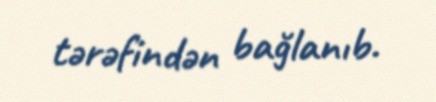
tərəfindən bağlanıb.